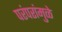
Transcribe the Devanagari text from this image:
परंपरांमुळे